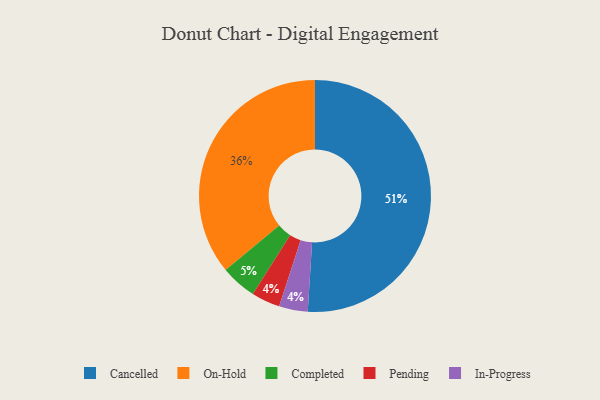
{"axis": {"x": "Category", "y": "Percentage"}, "legend": ["Cancelled", "Completed", "In-Progress", "On-Hold", "Pending"], "data": [{"x": "Completed", "y": 5, "type": "Completed"}, {"x": "Pending", "y": 4, "type": "Pending"}, {"x": "In-Progress", "y": 4, "type": "In-Progress"}, {"x": "Cancelled", "y": 51, "type": "Cancelled"}, {"x": "On-Hold", "y": 36, "type": "On-Hold"}]}